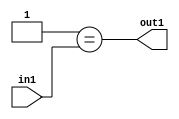
`timescale 1ps / 1ps
/*****************************************************************************
    Verilog RTL Description
    
    
    Created by: Stratus DpOpt 2019.1.01 
*******************************************************************************/

module cache_Eqi1u8_4 (
	in1,
	out1
	); /* architecture "behavioural" */ 
input [7:0] in1;
output  out1;
wire  asc001;

assign asc001 = (13'B0000000000001==in1);

assign out1 = asc001;
endmodule

/* CADENCE  urX0SQs= : u9/ySgnWtBlWxVPRXgAZ4Og= ** DO NOT EDIT THIS LINE ******/